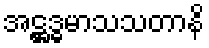
အဋ္ဌဒ္ဓမာသသတာနိ